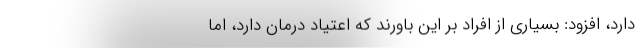
دارد، افزود: بسیاری از افراد بر این باورند که اعتیاد درمان دارد، اما